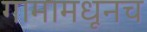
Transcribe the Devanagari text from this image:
गामामधूनच